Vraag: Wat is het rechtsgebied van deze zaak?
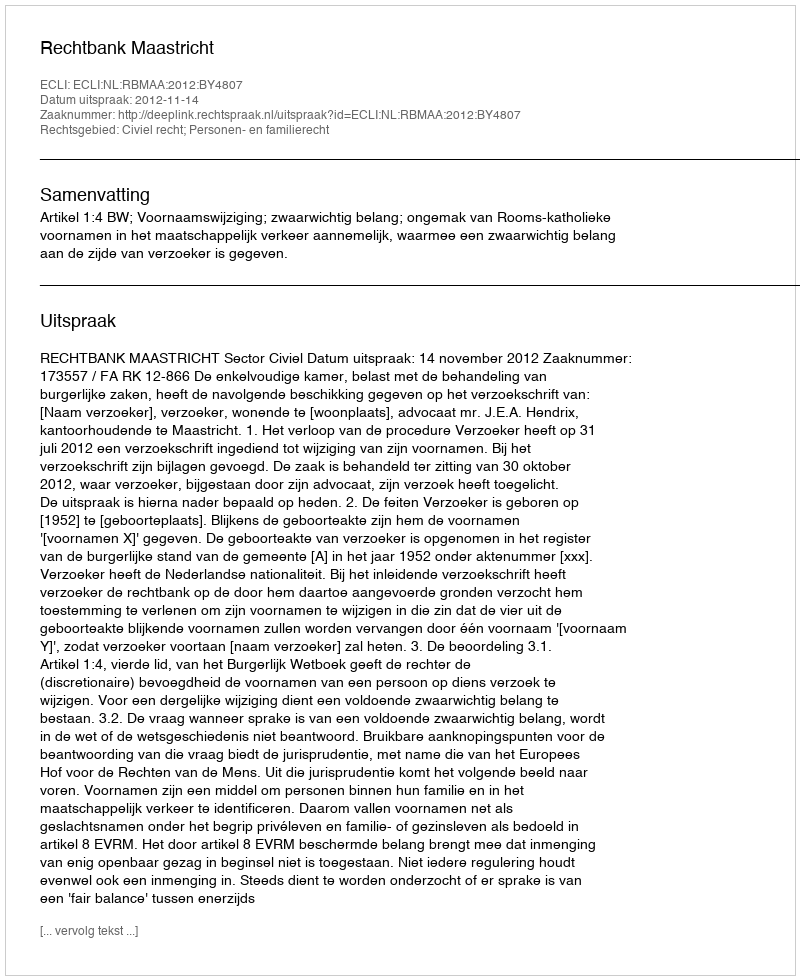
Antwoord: Civiel recht; Personen- en familierecht